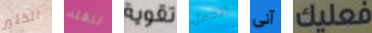
الكثير لنقله تقوية اتحمل آنى فعليك